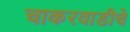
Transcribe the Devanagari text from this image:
चाकरवाडीचे